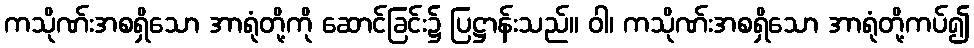
ကသိုဏ်းအစရှိသော အာရုံတို့ကို ဆောင်ခြင်း၌ ပြဋ္ဌာန်းသည်။ ဝါ၊ ကသိုဏ်းအစရှိသော အာရုံတို့ကပ်၍